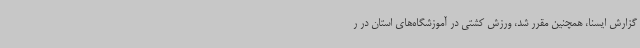
گزارش ایسنا، همچنین مقرر شد، ورزش کشتی در آموزشگاه‌های استان در ر